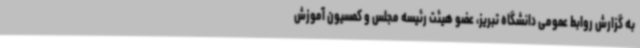
به گزارش روابط عمومی دانشگاه تبریز، عضو هیئت رئیسه مجلس و کمسیون آموزش